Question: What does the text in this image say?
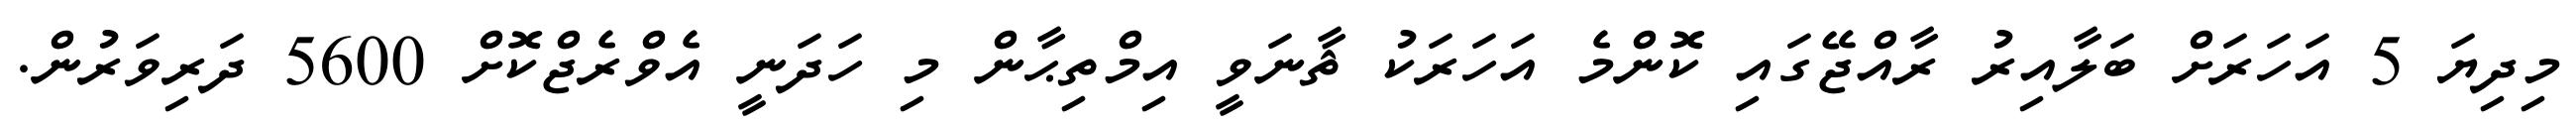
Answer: މިދިޔަ 5 އަހަރަށް ބަލާއިރު ރާއްޖޭގައި ކޮންމެ އަހަރަކު ޘާނަވީ އިމްތިޙާން މި ހަދަނީ އެވްރެޖްކޮށް 5600 ދަރިވަރުން.